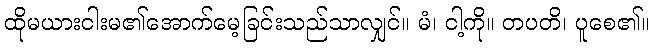
ထိုမယားငါးမ၏အောက်မေ့ခြင်းသည်သာလျှင်။ မံ၊ ငါ့ကို။ တပတိ၊ ပူစေ၏။